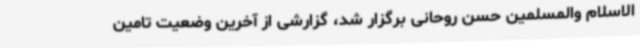
الاسلام والمسلمین حسن روحانی برگزار شد، گزارشی از آخرین وضعیت تامین